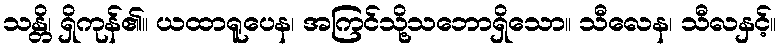
သန္တိ၊ ရှိကုန်၏။ ယထာရူပေန၊ အကြင်သို့သဘောရှိသော။ သီလေန၊ သီလနှင့်။